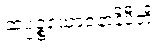
ဆပ္ပဉ္စယောဇနာနိပီတိ